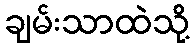
ချမ်းသာထဲသို့